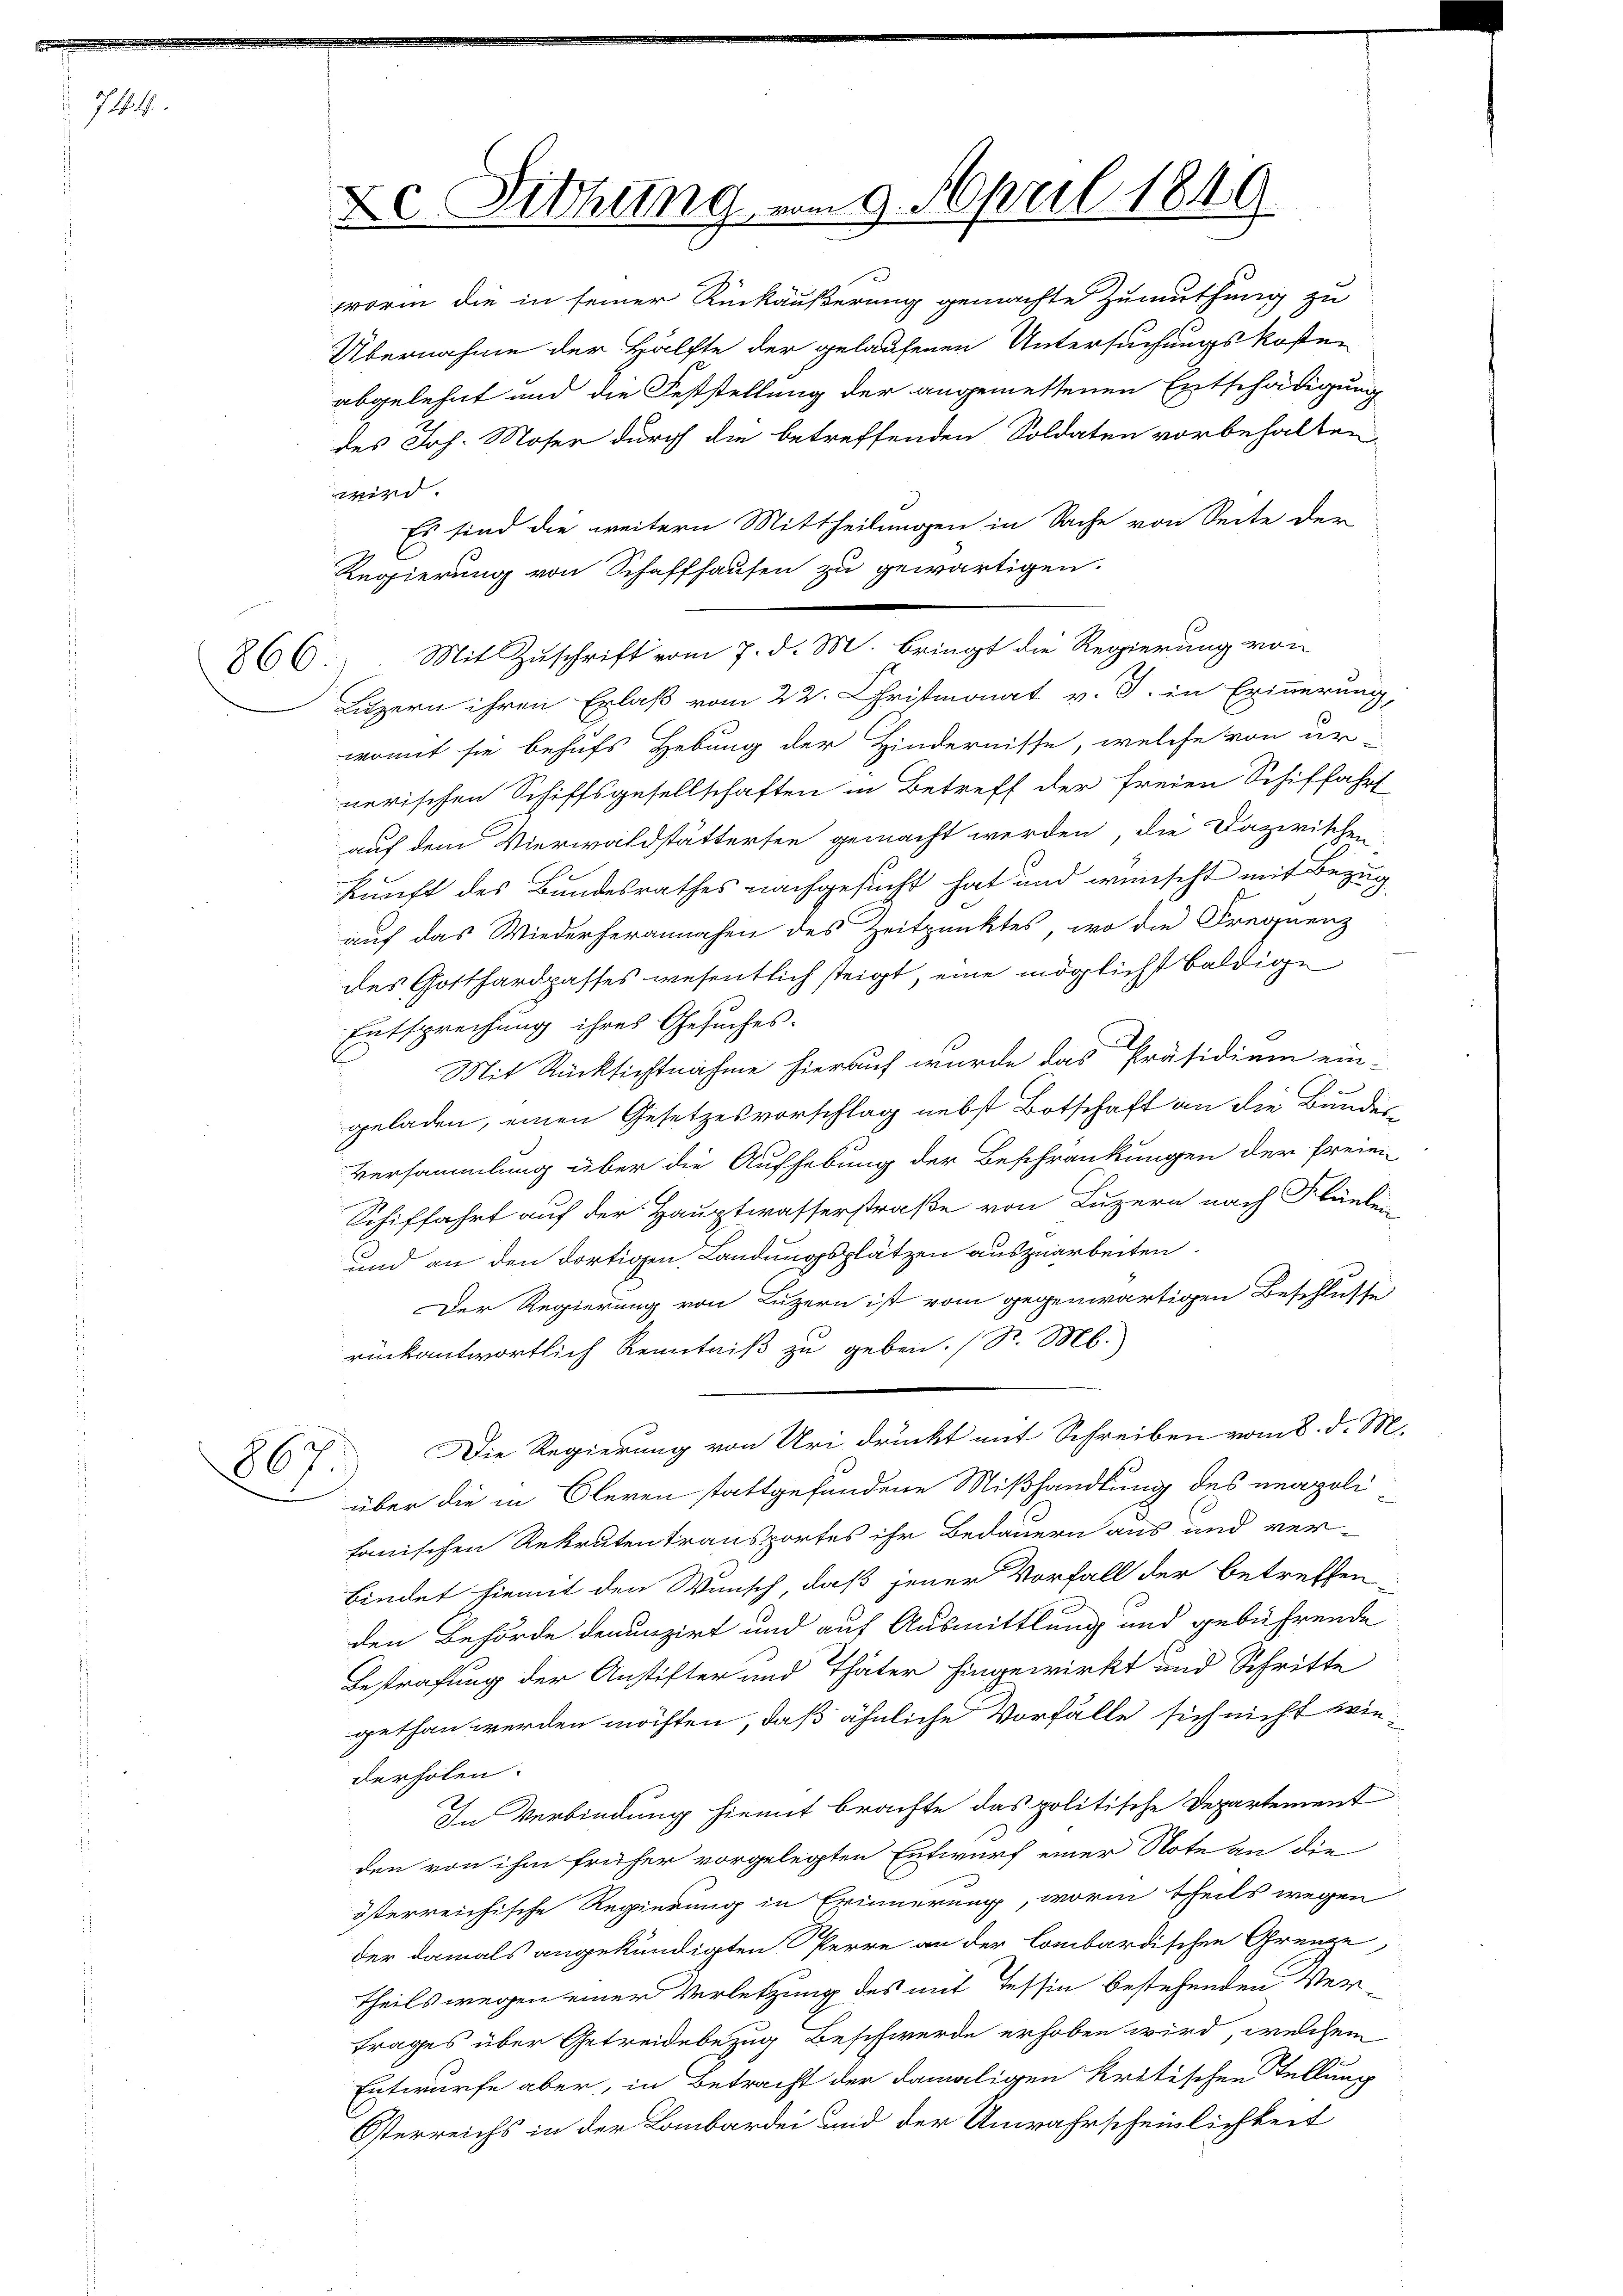
744.

866.

De Sitzung vom 9. April 1849

worin die in seiner Rückäußerung gemachte Zumuthung zu
Übernahme der Hälfte der gelaufenen Untersuchungskosten
abgelehnt und die Feststellung der angemessenen Entschädigung
des Joh. Moser durch die betreffenden Soldaten vorbehalten
wird. |
Es sind die weitern Mittheilungen in Sache von Seite der
Regierung von Schaffhausen zu gewärtigen.
Mit Zuschrift vom 7. d. M. Bringt die Regierung von
Luzern ihren Erlaß vom 22. Christmonat v. J. in Erinnerung,
womit sie behufs Hebung der Hindernisse, welche von ur-
nerischen Schiffsgesellschaften in Betreff der freien Schiffahrt
auf dem Vierwaldstätterten gemacht werden, die Dazwischen
kunft des Bundesrathes nachgesucht hat und wünscht mit Bezug
auf das Wiederherannahen des Zeitpunktes, wo die Frequenz
des Gotthardpasses wesentlich steigt, eine möglichst baldige
Entsprechung ihres Gesuches.
Mit Rücksichtnahme hierauf wurde das Präsidium ein-
geladen, einen Gesetzesvorschlag nebst Botschaft an die Bundes
Versammlung über die Aufhebung der Beschränkungen der freien
Schiffahrt auf der Hauptwasserstraße von Luzern nach Flüelen
und an den dortigen Landungsplätzen auszuarbeiten.
Der Regierung von Luzern ist vom gegenwärtigen Beschlusse
rückantwortlich Kenntniß zu geben. (S. M.
Die Regierung von Uri druckt mit Schreiben vom 8. d. M.
867.
 über die in Oleren stattgefundene Mißhandlung des neapoli
fanischen Rekruten transportes ihr Bedauern aus und ver-
bindet hiemit den Wunsch, daß jener Vorfall der betreffenden Behörde denunzirt und auf Ausmittlung und gebührende
Bestrafung der Anstifter und Thäter hingewirkt und Schritte
gethan werden möchten, daß ähnliche Vorfälle sich nicht wiederholen.
In Verbindung hiemit brachte das politische Departement
den von ihm früher vorgelegten Entwurf einer Note an die
österreichische Regierung in Erinnerung, worin theils wegen
der damals angekündigten Perre an der lombardischen Grenze,
theils wegen einer Verletzung des mit Tessin bestehenden Ver-
trages über Getreidebezug Beschwerde erhoben wird, welchem
Entwurfe aber, in Betracht der damaligen kritischen Tellung
Österreichs in der Lombardei und der Anwahrscheinlichkeit